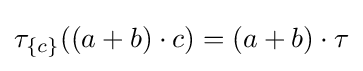
\tau _{\{c\}}((a+b)\cdot c)=(a+b)\cdot \tau